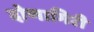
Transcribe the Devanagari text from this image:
दोणागिरी